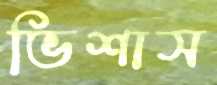
ভিশাস